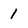
Character: 1